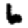
Digit: 6